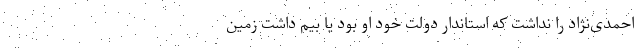
احمدی‌نژاد را نداشت که استاندار دولت خود او بود یا بیم داشت زمین